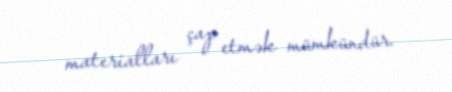
materialları çap etmək mümkündür.